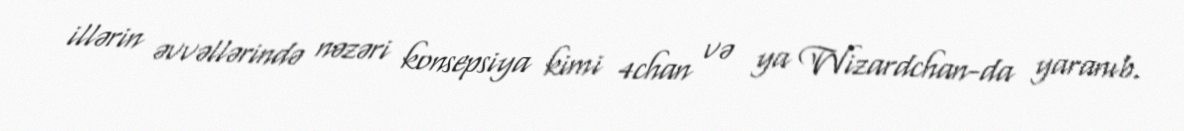
illərin əvvəllərində nəzəri konsepsiya kimi 4chan və ya Wizardchan-da yaranıb.